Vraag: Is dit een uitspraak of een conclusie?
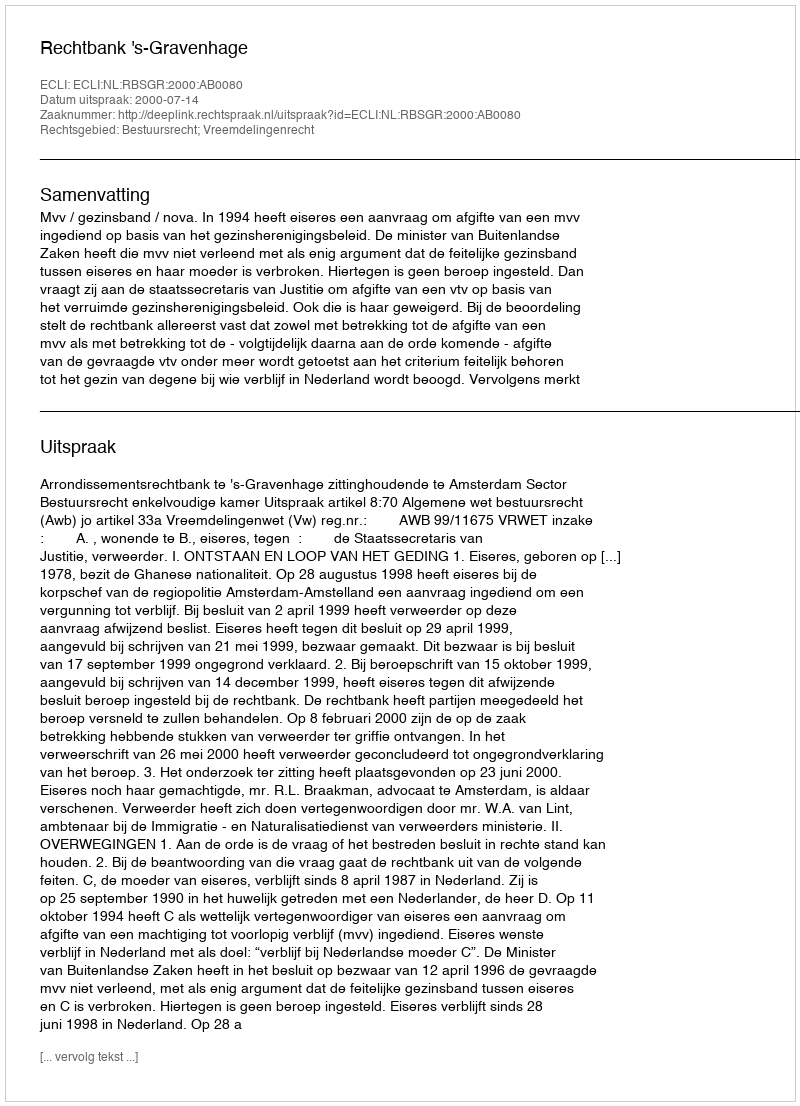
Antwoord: Uitspraak